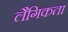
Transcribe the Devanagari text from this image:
लैगिकता